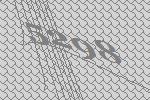
5298